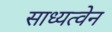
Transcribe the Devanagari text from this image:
साध्यत्वेन